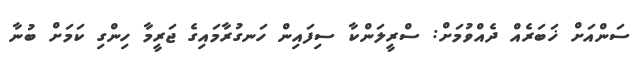
ސަންއަށް ޚަބަރެއް ދެއްވުމަށް: ސްރީލަންކާ ސިފައިން ހަނގުރާމައިގެ ޖަރީމާ ހިންގި ކަމަށް ބުނާ